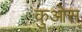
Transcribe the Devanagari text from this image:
कुओस